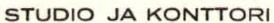
STUDIO JA KONTTORI